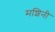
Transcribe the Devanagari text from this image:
मशिनी